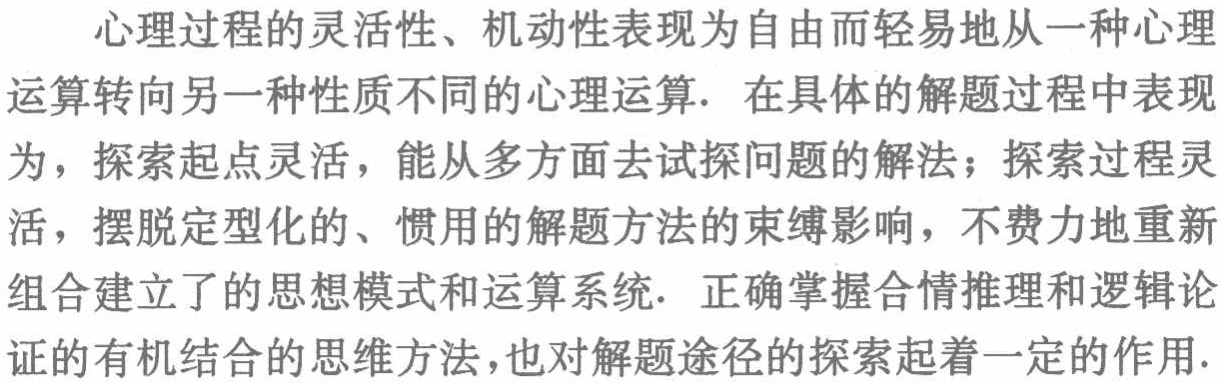
心理过程的灵活性、机动性表现为自由而轻易地从一种心理

运算转向另一种性质不同的心理运算. 在具体的解题过程中表现

为，探索起点灵活，能从多方面去试探问题的解法；探索过程灵

活，摆脱定型化的、惯用的解题方法的束缚影响，不费力地重新

组合建立了的思想模式和运算系统. 正确掌握合情推理和逻辑论

证的有机结合的思维方法，也对解题途径的探索起着一定的作用.